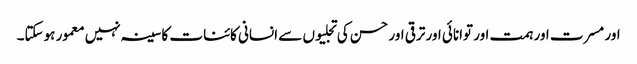
اور مسرت اور ہمت اور توانائی اور ترقی اور حسن کی تجلیوں سے انسانی کائنات کا سینہ نہیں معمور ہوسکتا۔